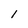
Character: 1